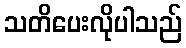
သတိပေးလိုပါသည်